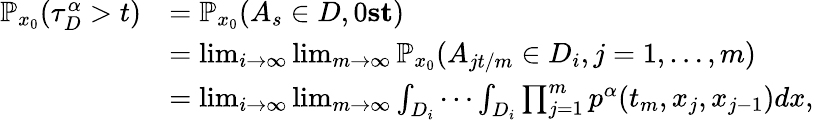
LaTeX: \begin{array}{rl}{\mathbb{P}_{x_{0}}(\tau_{D}^{\alpha}>t)}&{=\mathbb{P}_{x_{0}}(A_{s}\in D,0\le s\le t)}\\ &{=\operatorname*{lim}_{i\rightarrow\infty}\operatorname*{lim}_{m\rightarrow\infty}\mathbb{P}_{x_{0}}(A_{jt/m}\in D_{i},j=1,\dots,m)}\\ &{=\operatorname*{lim}_{i\rightarrow\infty}\operatorname*{lim}_{m\rightarrow\infty}\int_{D_{i}}\cdots\int_{D_{i}}\prod_{j=1}^{m}p^{\alpha}(t_{m},x_{j},x_{j-1})dx,}\end{array}